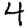
Digit: 4